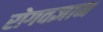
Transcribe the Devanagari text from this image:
रोगवज्ञान